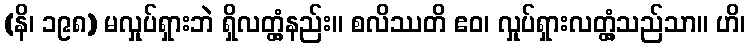
(နိ၊ ၁၉၈) မလှုပ်ရှားဘဲ ရှိလတ္တံ့နည်း။ စလိဿတိ ဧဝ၊ လှုပ်ရှားလတ္တံ့သည်သာ။ ဟိ၊